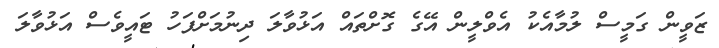
ޒަވީން ގަމީސް ލުމާއެކު އެވްލީން އޭގެ ގޮށްތައް އަޅުވާލަ ދިނުމަށްފަހު ޓައީވެސް އަޅުވާލަ